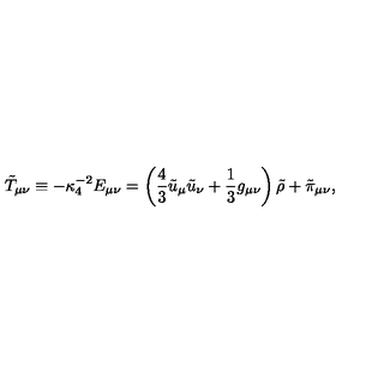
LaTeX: \tilde { T } _ { \mu \nu } \equiv - \kappa _ { 4 } ^ { - 2 } E _ { \mu \nu } = \left( { \frac { 4 } { 3 } } \tilde { u } _ { \mu } \tilde { u } _ { \nu } + { \frac { 1 } { 3 } } g _ { \mu \nu } \right) \tilde { \rho } + \tilde { \pi } _ { \mu \nu } ,